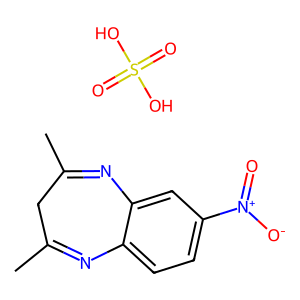
SMILES: CC1=Nc2ccc([N+](=O)[O-])cc2N=C(C)C1.O=S(=O)(O)O
Inhibits HIV replication: No